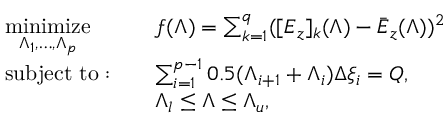
\begin{array} { r l r l } & { \underset { \Lambda _ { 1 } , \ldots , \Lambda _ { p } } { \mathrm { m i n i m i z e } } } & & { f ( \boldsymbol { \Lambda } ) = \sum _ { k = 1 } ^ { q } ( [ \boldsymbol { E } _ { z } ] _ { k } ( \boldsymbol { \Lambda } ) - \bar { \boldsymbol { E } } _ { z } ( \boldsymbol { \Lambda } ) ) ^ { 2 } } \\ & { \mathrm { s u b j e c t ~ t o : } } & & { \sum _ { i = 1 } ^ { p - 1 } 0 . 5 ( \Lambda _ { i + 1 } + \Lambda _ { i } ) \Delta \xi _ { i } = Q , } \\ & { } & & { \boldsymbol { \Lambda } _ { l } \le \boldsymbol { \Lambda } \le \boldsymbol { \Lambda } _ { u } , } \end{array}